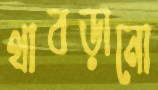
থাবড়ানো